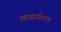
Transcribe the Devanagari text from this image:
आचार्यतत्व